Code of medical and sanitary regulations for the guidance of medical officers serving in the Madras Presidency - Volume II
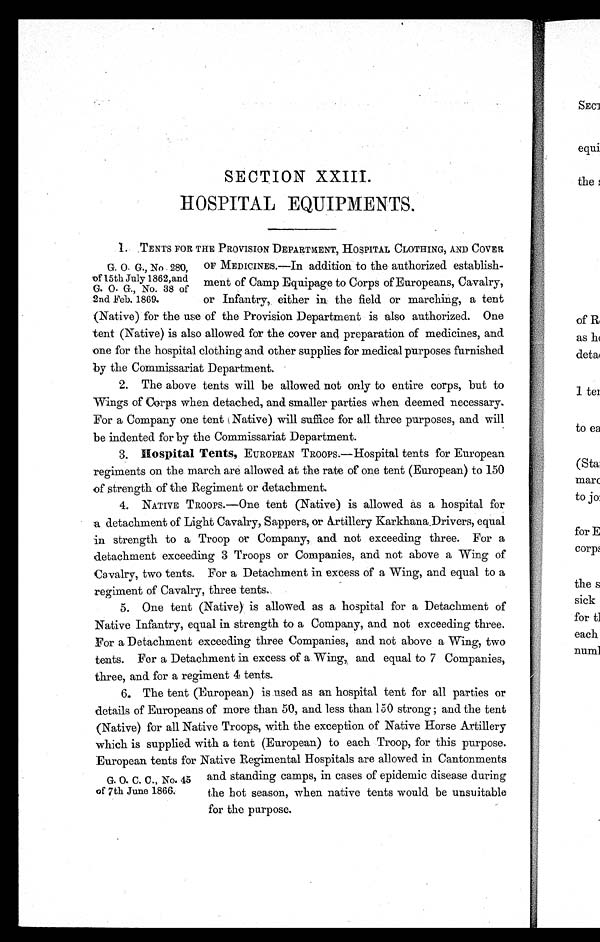
SECTION XXIII.
HOSPITAL EQUIPMENTS.
1. .TENTS FOR THE PROVISION DEPARTMENT, HOSPITAL CLOTHING, AND COVER
G. O. G., No 280, OF MEDICINES.—In addition to the authorized establish-
of 15th July 1862,and ment of Camp Equipage to Corps of Europeans, Cavalry,
G. O. G., No. 38 of
2nd Feb. 1869. or Infantry, either in the field or marching, a tent
(Native) for the use of the Provision Department is also authorized. One
tent (Native) is also allowed for the cover and preparation of medicines, and
one for the hospital clothing and other supplies for medical purposes furnished
by the Commissariat Department.
2. The above tents will be allowed not only to entire corps, but to
Wings of Corps when detached, and smaller parties when deemed necessary.
For a Company one tent (Native) will suffice for all three purposes, and will
be indented for by the Commissariat Department.
3. Hospital Tents, EUROPEAN TROOPS.—Hospital tents for European
regiments on the march are allowed at the rate of one tent (European) to 150
of strength of the Regiment or detachment.
4. NATIVE TROOPS.—One tent (Native) is allowed as a hospital for
a detachment of Light Cavalry, Sappers, or Artillery Karkhana .Drivers, equal
in strength to a Troop or Company, and not exceeding three. For a
detachment exceeding 3 Troops or Companies, and not above a Wing of
Cavalry, two tents. For a Detachment in excess of a Wing, and equal to a
regiment of Cavalry, three tents.
5. One tent (Native) is allowed as a hospital for a Detachment of
Native Infantry, equal in strength to a Company, and not exceeding three.
For a Detachment exceeding three Companies, and not above a Wing, two
tents. For a Detachment in excess of a Wing, and equal to 7 Companies,
three, and for a regiment 4 tents.
6., The tent (European) is used as an hospital tent for all parties or
details of Europeans of more than 50, and less than 150 strong; and the tent
(Native) for all Native Troops, with the exception of Native Horse Artillery
which is supplied with a tent (European) to each Troop, for this purpose.
European tents for Native Regimental Hospitals are allowed in Cantonments
and standing camps, in cases of epidemic disease during
the hot season, when native tents would be unsuitable
for the purpose.
G. O. C. C., No. 45
of 7th June 1866.